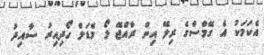
އެކަމަކު އެ ގޭމްސްގެ ރިލޭ އިން ރާއްޖޭ ލޯ މެޑަލް ހޯދިއިރު ސާއިދު